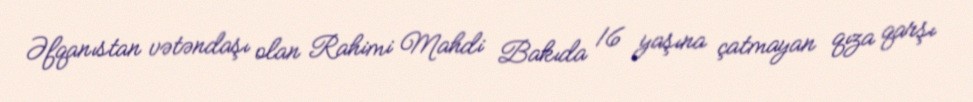
Əfqanıstan vətəndaşı olan Rahimi Mahdi Bakıda 16 yaşına çatmayan qıza qarşı